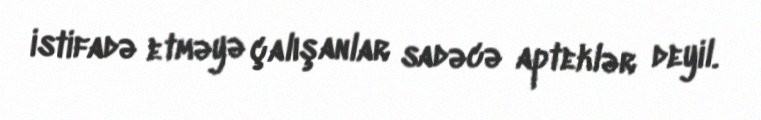
istifadə etməyə çalışanlar sadəcə apteklər deyil.